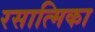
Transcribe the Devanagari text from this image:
रसात्मिका